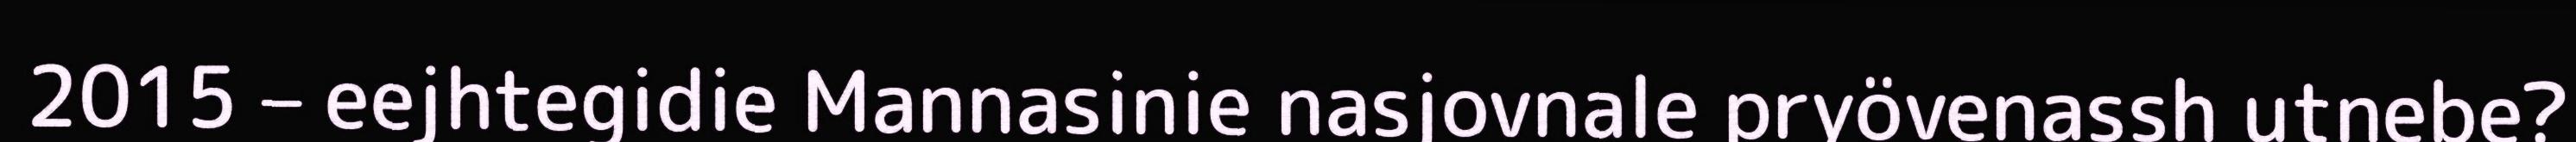
2015 – eejhtegidie Mannasinie nasjovnale pryövenassh utnebe?